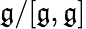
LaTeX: {\mathfrak{g}}/[{\mathfrak{g}},{\mathfrak{g}}]